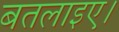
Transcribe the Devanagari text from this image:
बतलाइए।